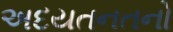
અદયતનતનો